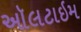
ઑલટાઇમ